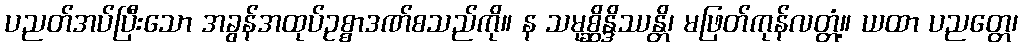
ပညတ်အပ်ပြီးသော အခွန်အထုပ်ဥစ္စာဒဏ်စသည်ကို။ န သမုစ္ဆိန္ဒိဿန္တိ၊ မဖြတ်ကုန်လတ္တံ့။ ယထာ ပညတ္တေ၊